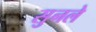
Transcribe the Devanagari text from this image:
सुनले